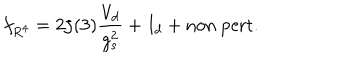
f _ { R ^ { 4 } } = 2 \zeta ( 3 ) \frac { V _ { d } } { g _ { s } ^ { 2 } } + I _ { d } + \mathrm { n o n ~ p e r t . }